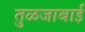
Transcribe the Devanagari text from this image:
तुळजाबाई